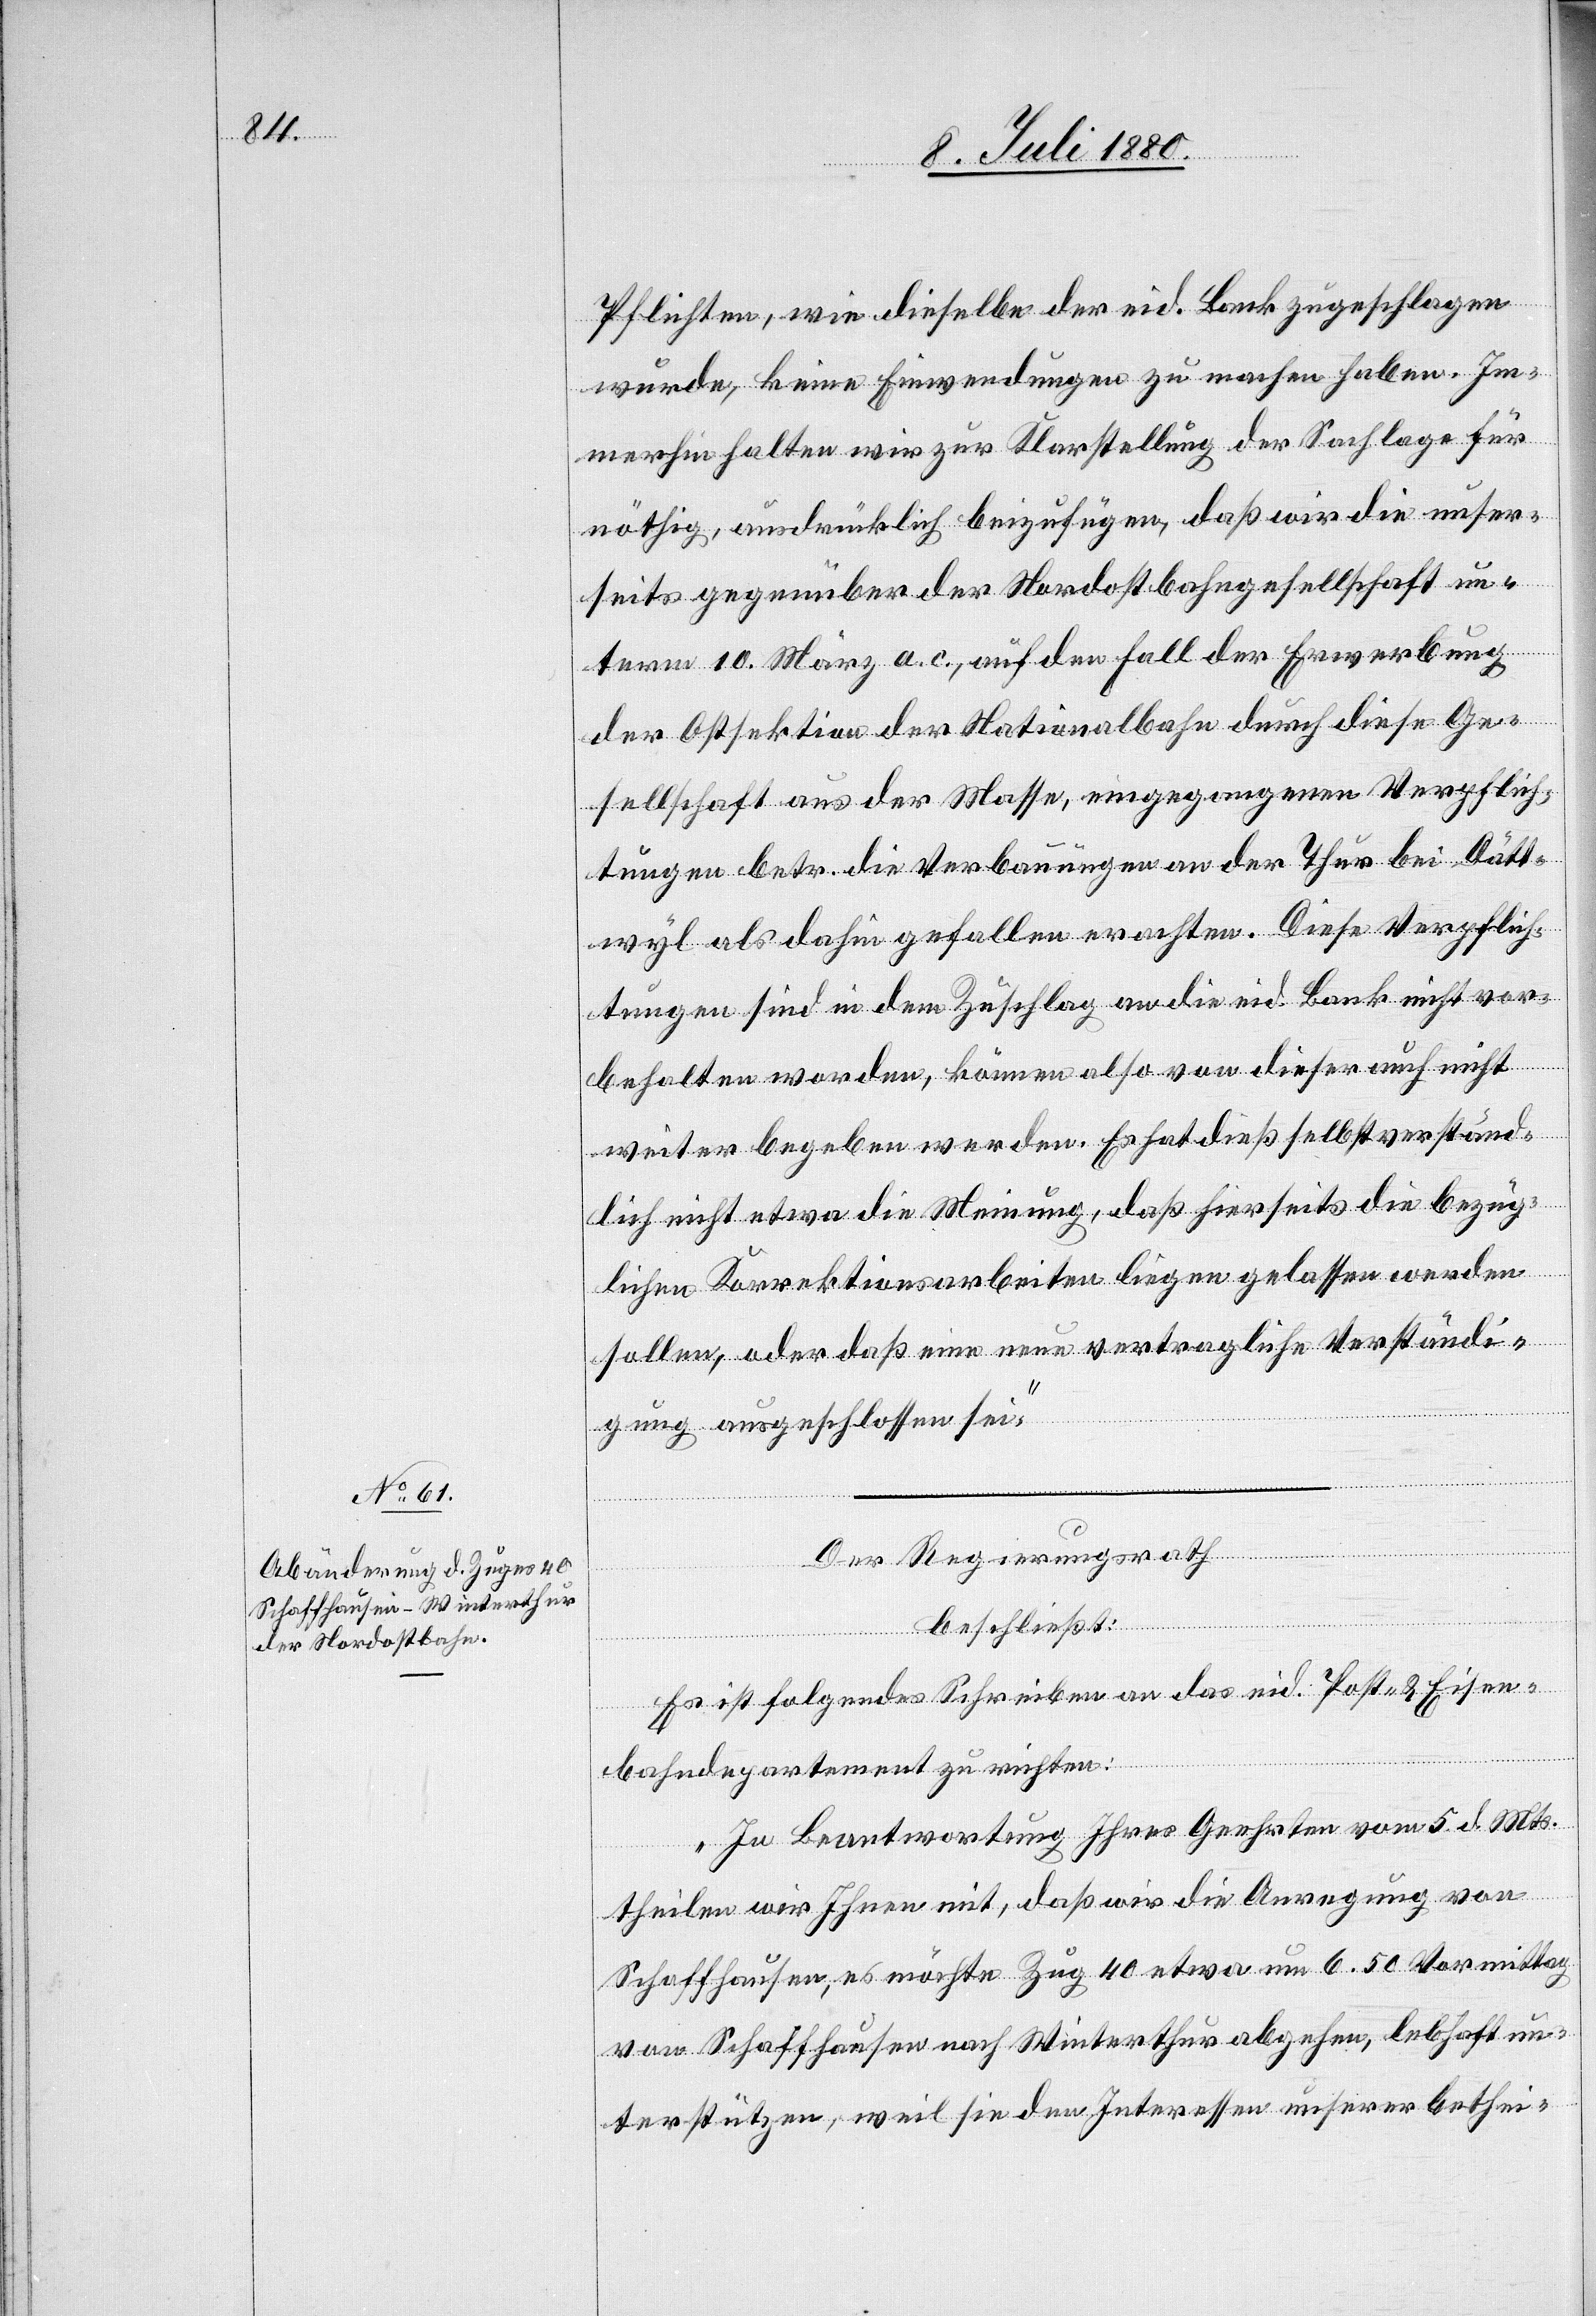
Pflichten, wie dieselbe der eid. Bank zugeschlagen
wurde, keine Einwendungen zu machen haben. Im¬
merhin halten wir zur Klarstellung der Sachlage für
nöthig, ausdrücklich beizufügen, daß wir die unser¬
seits gegenüber der Nordostbahngesellschaft un¬
term 10. März a. c., auf den Fall der Erwerbung
der Ostsektion der Nationalbahn durch diese Ge¬
sellschaft aus der Masse, eingegangenen Verpflich¬
tungen betr. die Verbauungen an der Thur bei Dätt¬
wyl als dahin gefallen erachten. Diese Verpflich¬
tungen sind in dem Zuschlag an die eid. Bank nicht vor¬
behalten worden, können also von dieser auch nicht
weiter begeben werden. Es hat dieß selbstverständ¬
lich nicht etwa die Meinung, daß hierseits die bezüg¬
lichen Korrektionsarbeiten liegen gelassen werden
sollen, oder daß eine neue vertragliche Verständi¬
gung ausgeschlossen sei.“
Der Regierungsrath
beschließt:
Es ist folgendes Schreiben an das eid. Post- & Eisen¬
bahndepartement zu richten:
„In Beantwortung Ihres Geehrten vom 5. d. Mts.
theilen wir Ihnen mit, daß wir die Anregung von
Schaffhausen, es möchte Zug 40 etwa um 6.50 Vormittag
von Schaffhausen nach Winterthur abgehen, lebhaft un¬
terstützten, weil sie den Interessen unserer bethei-